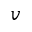
v